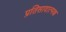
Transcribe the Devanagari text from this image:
प्रतिसादात्मक